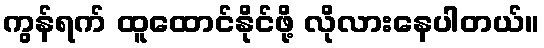
ကွန်ရက် ထူထောင်နိုင်ဖို့ လိုလားနေပါတယ်။